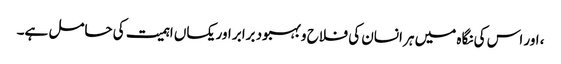
، اور اس کی نگاہ میں ہر انسان کی فلاح و بہبود برابر اور یکساں اہمیت کی حامل ہے۔